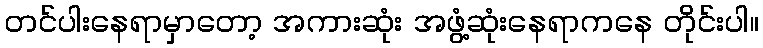
တင်ပါးနေရာမှာတော့ အကားဆုံး အဖွံ့ဆုံးနေရာကနေ တိုင်းပါ။